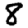
Digit: 8